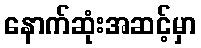
နောက်ဆုံးအဆင့်မှာ